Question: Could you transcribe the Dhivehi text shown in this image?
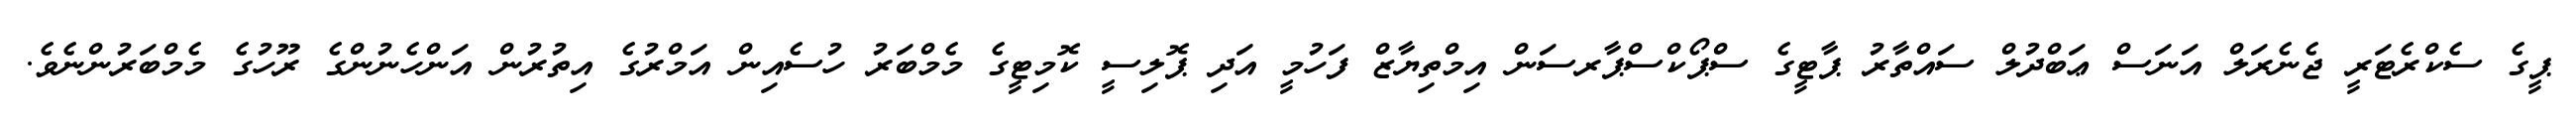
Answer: ޕީގެ ސެކްރެޓަރީ ޖެނެރަލް އަނަސް ޢަބްދުލް ސައްތާރު ޕާޓީގެ ސްޕޯކްސްޕާރސަން އިމްތިޔާޒް ފަހުމީ އަދި ޕޮލިސީ ކޮމިޓީގެ މެމްބަރު ހުސެއިން އަމްރުގެ އިތުރުން އަންހެނުންގެ ރޫހުގެ މެމްބަރުންނެވެ.